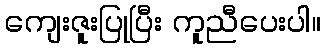
ကျေးဇူးပြုပြီး ကူညီပေးပါ။